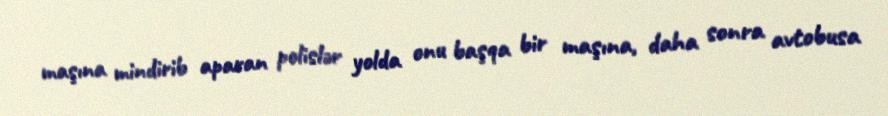
maşına mindirib aparan polislər yolda onu başqa bir maşına, daha sonra avtobusa